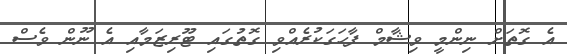
އެ ގޮތަށް ނިންމީ ވިޝާމް ފާހަގަކުރެއްވި ގޮތުގައި ޓޫރިޒަމާއި އެ ނޫން ވެސް